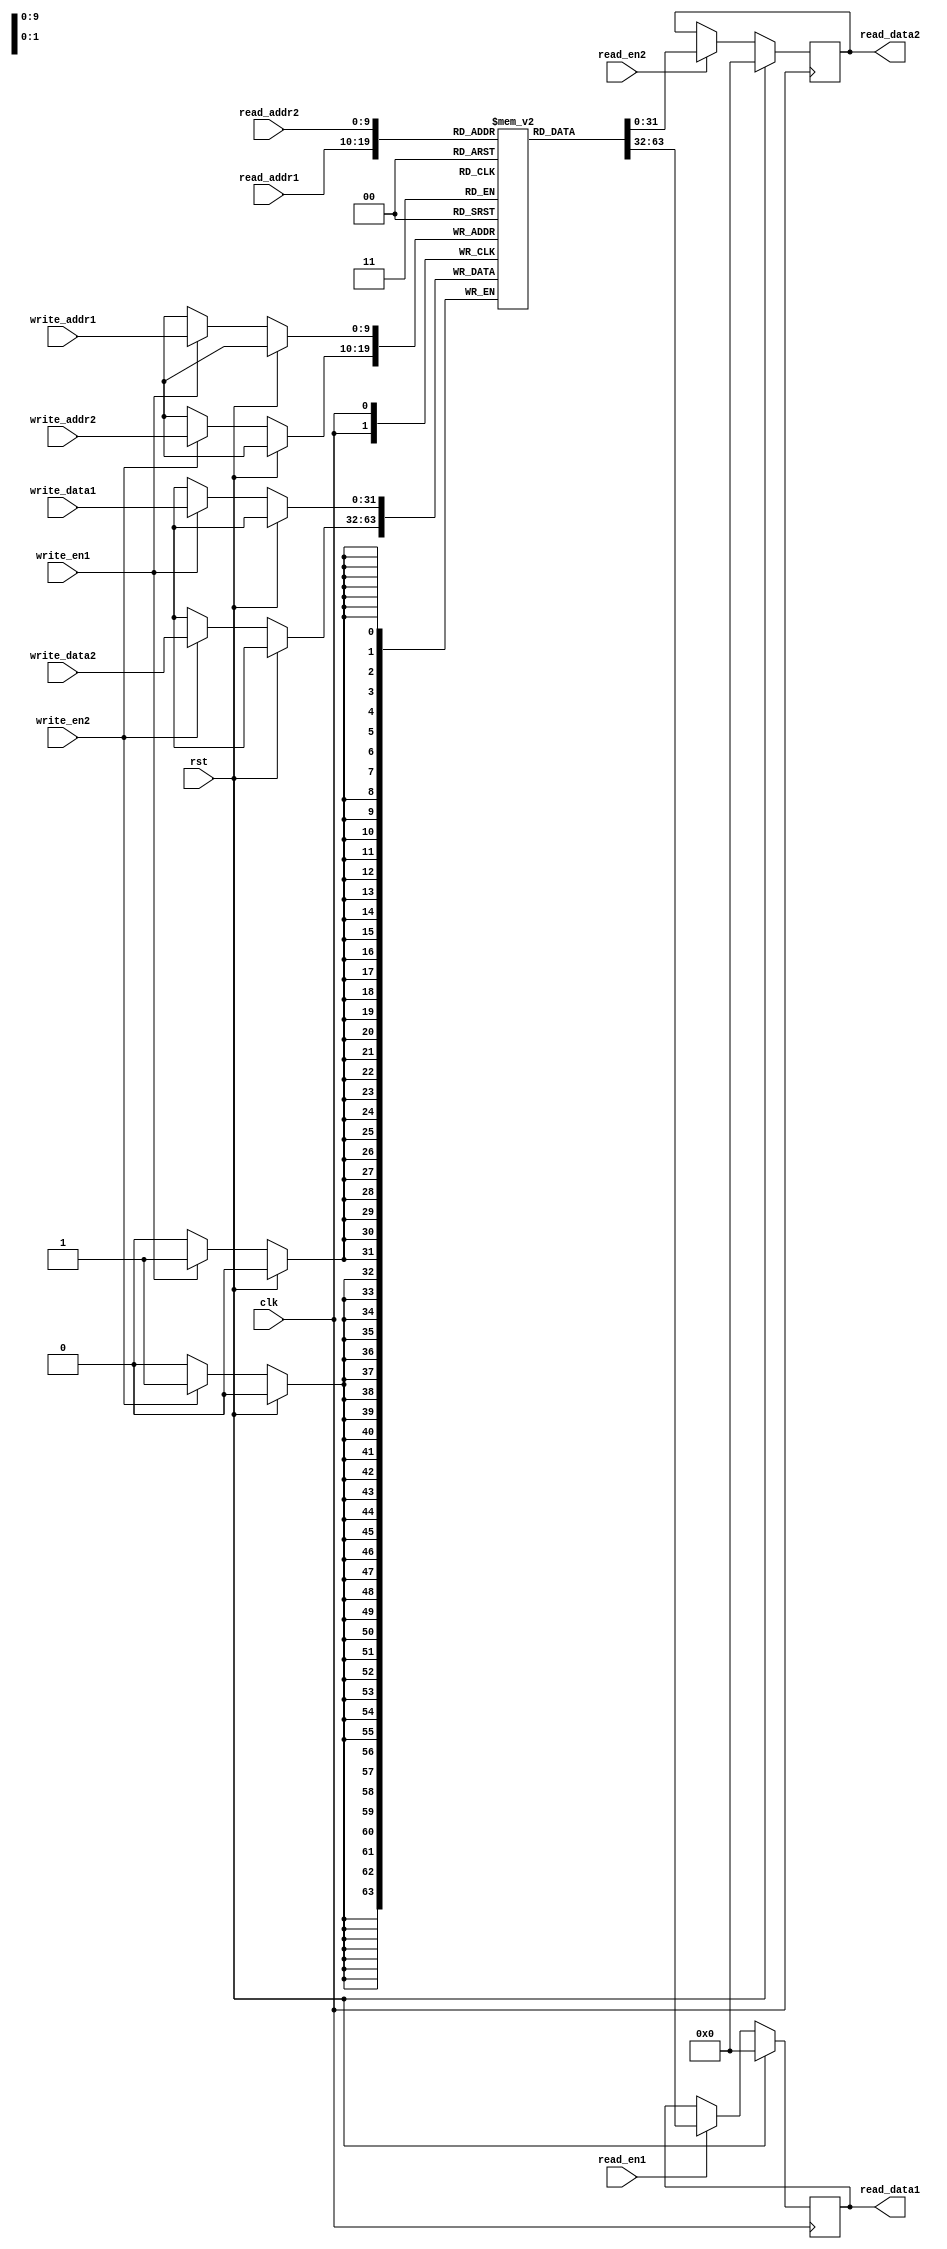
module Dual_Port_RAM (
    input [9:0] read_addr1,
    input read_en1,
    output reg [31:0] read_data1,
    input [31:0] write_data1,
    input [9:0] write_addr1,
    input write_en1,
    
    input [9:0] read_addr2,
    input read_en2,
    output reg [31:0] read_data2,
    input [31:0] write_data2,
    input [9:0] write_addr2,
    input write_en2,
    
    input clk,
    input rst
);

reg [31:0] memory [0:1023];

always @(posedge clk) begin
    if (rst) begin
        read_data1 <= 32'b0;
        read_data2 <= 32'b0;
    end else begin
        if (read_en1) begin
            read_data1 <= memory[read_addr1];
        end
        if (read_en2) begin
            read_data2 <= memory[read_addr2];
        end
        
        if (write_en1) begin
            memory[write_addr1] <= write_data1;
        end
        if (write_en2) begin
            memory[write_addr2] <= write_data2;
        end
    end
end

endmodule